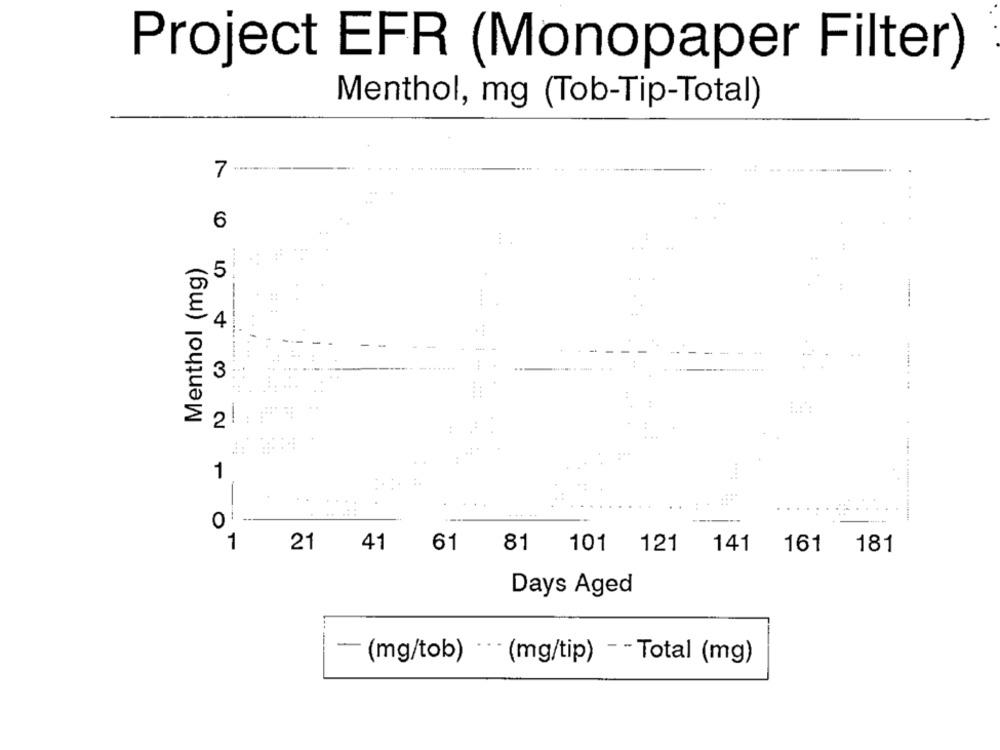
Project EFR (Monopaper Filter)
Menthol, mg (Tob-Tip-Total)
7
6
Menthol (mg)
5
....
4
3
....... . ..
2!
1
0
1
21
41
61
81
101
141
121
161
181
Days Aged
- (mg/tob) ··· (mg/tip) - - Total (mg)